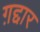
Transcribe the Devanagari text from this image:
ग़द्दार